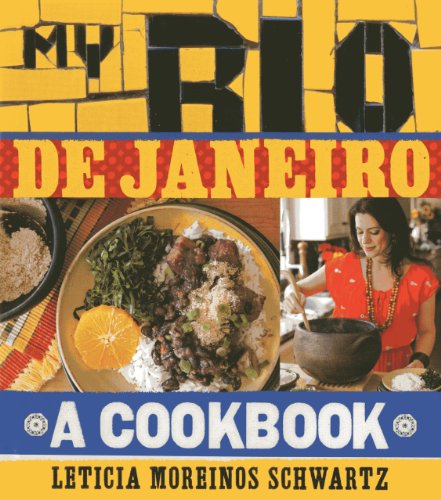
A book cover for My Rio de Janeiro: A Cookbook; Leticia Moreinos Schwartz; Cookbooks, Food & Wine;